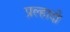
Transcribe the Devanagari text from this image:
प्रल्हादो